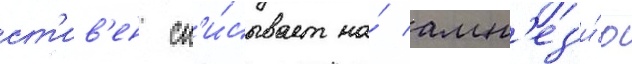
ст'ив'ен сп'и́сывает на́ амн'ез'и́ю